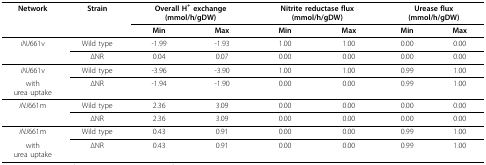
| Network | Strain | <COLSPAN=2> Overall H+ exchange(mmol/h/gDW) | <COLSPAN=2> Nitrite reductase flux(mmol/h/gDW) | <COLSPAN=2> Urease flux(mmol/h/gDW) |
 |  |  | Min | Max | Min | Max | Min | Max |
 | --- | --- | --- | --- | --- | --- | --- | --- |
 | iNJ661v | Wild type | -1.99 | -1.93 | 1.00 | 1.00 | 0.00 | 0.00 |
 |  | ΔNR | 0.04 | 0.07 | 0.00 | 0.00 | 0.00 | 0.00 |
 | iNJ661v | Wild type | -3.96 | -3.90 | 1.00 | 1.00 | 0.99 | 1.00 |
 | withurea uptake | ΔNR | -1.94 | -1.90 | 0.00 | 0.00 | 0.99 | 1.00 |
 | iNJ661m | Wild type | 2.36 | 3.09 | 0.00 | 0.00 | 0.00 | 0.00 |
 |  | ΔNR | 2.36 | 3.09 | 0.00 | 0.00 | 0.00 | 0.00 |
 | iNJ661m | Wild type | 0.43 | 0.91 | 0.00 | 0.00 | 0.99 | 1.00 |
 | withurea uptake | ΔNR | 0.43 | 0.91 | 0.00 | 0.00 | 0.99 | 1.00 |